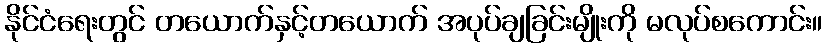
နိုင်ငံရေးတွင် တယောက်နှင့်တယောက် အပုပ်ချခြင်းမျိုးကို မလုပ်စကောင်း။